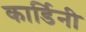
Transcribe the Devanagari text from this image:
कार्डिनी